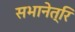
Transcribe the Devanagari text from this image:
सभानेत्रि